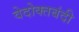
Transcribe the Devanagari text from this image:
वेदोक्तबंदी